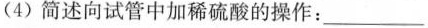
(4) 简述向试管中加稀硫酸的操作：___